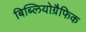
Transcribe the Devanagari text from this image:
बिब्लियोग्रैफिक